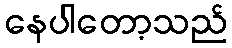
နေပါတော့သည်